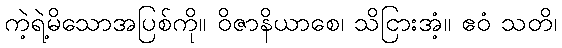
ကဲ့ရဲ့မိသောအပြစ်ကို။ ဝိဇာနိယာစေ၊ သိငြားအံ့။ ဧဝံ သတိ၊